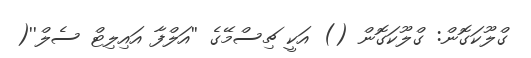
ގްލޫކަގޮން: ގްލޫކަގޮން () އަކީ ޗިސްމޭގެ ''އަލްފާ އައިލިޓް ސެލް''(